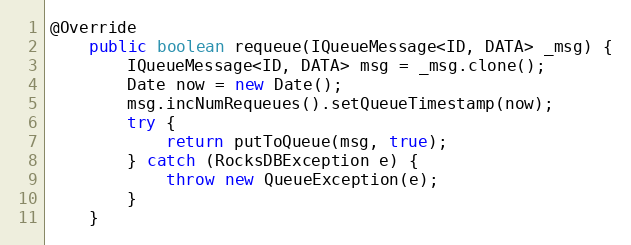
Language: Java
@Override
    public boolean requeue(IQueueMessage<ID, DATA> _msg) {
        IQueueMessage<ID, DATA> msg = _msg.clone();
        Date now = new Date();
        msg.incNumRequeues().setQueueTimestamp(now);
        try {
            return putToQueue(msg, true);
        } catch (RocksDBException e) {
            throw new QueueException(e);
        }
    }